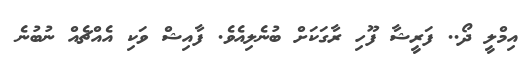
އިމްލީ ދޯ.. ފަރީޝާ ފޫހި ރާގަކަށް ބުނެލިއެވެ. ފާއިޝް ވަކި އެއްޗެއް ނުބުނެ